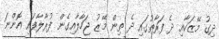
ދިގު މޭޒަކާއި ދެ ފަރާތުގައި ދެ ތިން މޭޒު ޖަހާލާއިގެން ފުރާލާފައި އޮންނަ